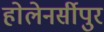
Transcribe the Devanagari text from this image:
होलेनर्सीपुर